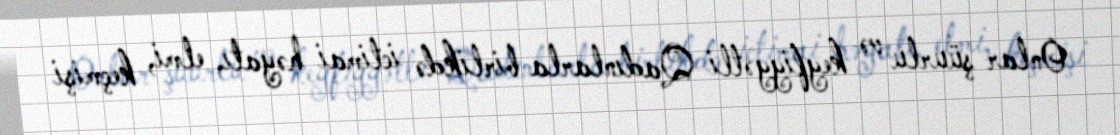
Onlar şüurlu və keyfiyyətli Qadınlarla birlikdə ictimai həyatı, elmi, keçmişi